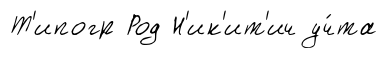
Т'ипогр Род Н'ик'ит'ич уч́та